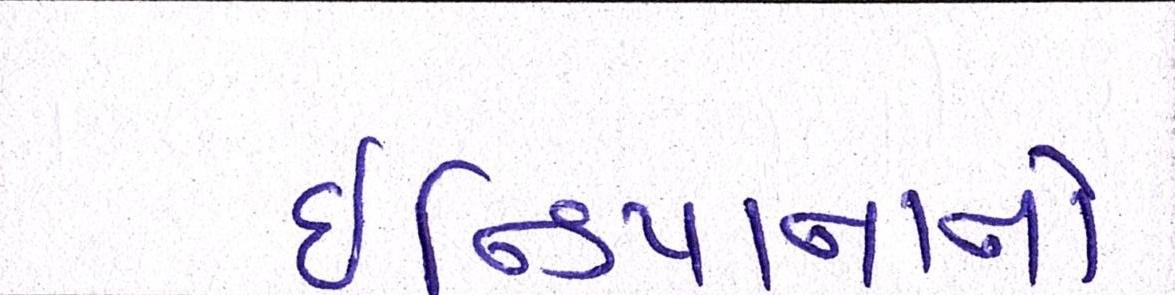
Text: ઇન્ડિયાનાનો